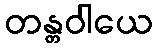
တန္တဝါယေ